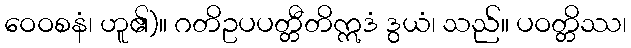
ဝေဝစနံ၊ ဟူ၏)။ ဂတိဥပပတ္တီတိဣဒံ ဒွယံ၊ သည်။ ပဝတ္တိဿ၊